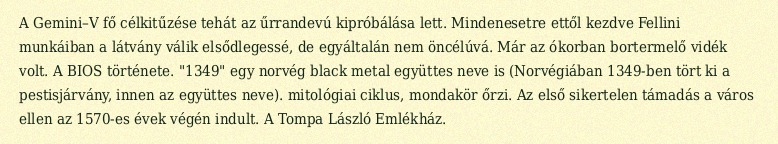
A Gemini–V fő célkitűzése tehát az űrrandevú kipróbálása lett. Mindenesetre ettől kezdve Fellini munkáiban a látvány válik elsődlegessé, de egyáltalán nem öncélúvá. Már az ókorban bortermelő vidék volt. A BIOS története. "1349" egy norvég black metal együttes neve is (Norvégiában 1349-ben tört ki a pestisjárvány, innen az együttes neve). mitológiai ciklus, mondakör őrzi. Az első sikertelen támadás a város ellen az 1570-es évek végén indult. A Tompa László Emlékház.